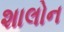
શાલોન